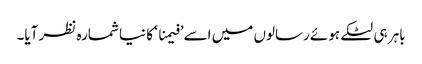
باہر ہی لٹکے ہوئے رسالوں میں اسے ’فیمنا ‘ کا نیا شمارہ نظر آیا۔